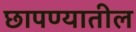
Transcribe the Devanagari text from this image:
छापण्यातील